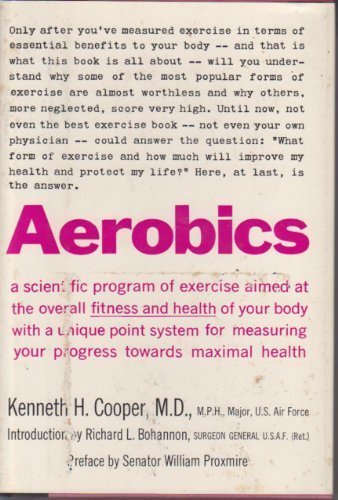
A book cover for Aerobics,; Kenneth H. Cooper; Health, Fitness & Dieting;